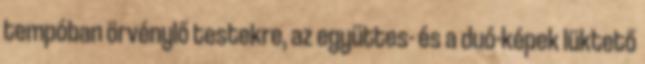
tempóban örvénylő testekre, az együttes- és a duó-képek lüktető